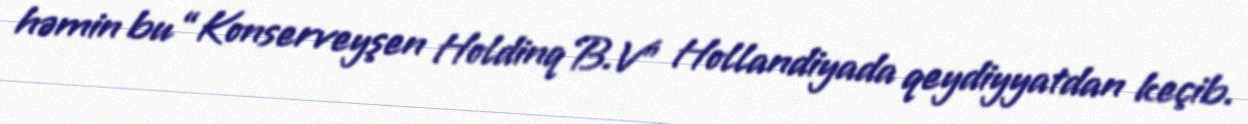
həmin bu “Konserveyşen Holdinq B.V” Hollandiyada qeydiyyatdan keçib.